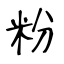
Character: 粉